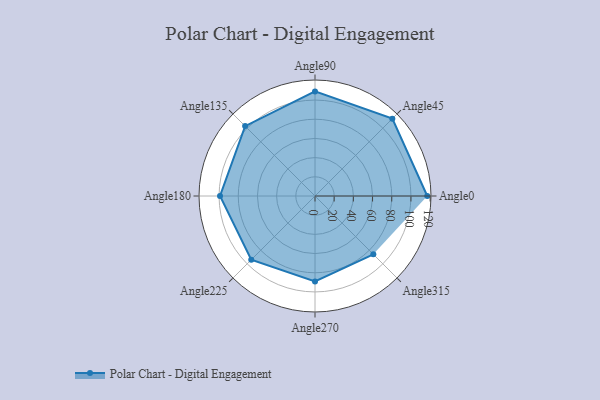
{"axis": {"x": "Angle", "y": "Radius"}, "legend": [""], "data": [{"x": "Angle0", "y": 117.0, "type": ""}, {"x": "Angle45", "y": 114.0, "type": ""}, {"x": "Angle90", "y": 109.0, "type": ""}, {"x": "Angle135", "y": 103.0, "type": ""}, {"x": "Angle180", "y": 99.0, "type": ""}, {"x": "Angle225", "y": 94.0, "type": ""}, {"x": "Angle270", "y": 89.0, "type": ""}, {"x": "Angle315", "y": 86.0, "type": ""}]}